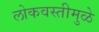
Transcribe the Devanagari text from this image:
लोकवस्तीमुळे